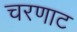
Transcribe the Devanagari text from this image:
चरणाट